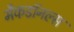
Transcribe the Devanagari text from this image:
मैकडॉनल्स